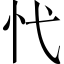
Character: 𢖺